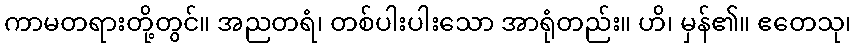
ကာမတရားတို့တွင်။ အညတရံ၊ တစ်ပါးပါးသော အာရုံတည်း။ ဟိ၊ မှန်၏။ ဧတေသု၊